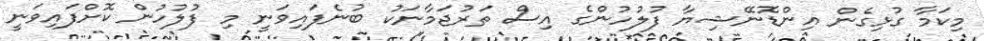
މިކަމާ ގުޅިގެން އިންޑޮނޭޝިޔާ ފުލުހުންގެ އިސް ތަރުޖަމާނަކު ބުނެފައިވަނީ މި ފުލުހުން ކޮށްފައިވަނީ